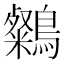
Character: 𪆶